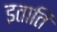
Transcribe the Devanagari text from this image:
इताति